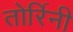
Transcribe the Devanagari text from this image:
तोर्रिनी